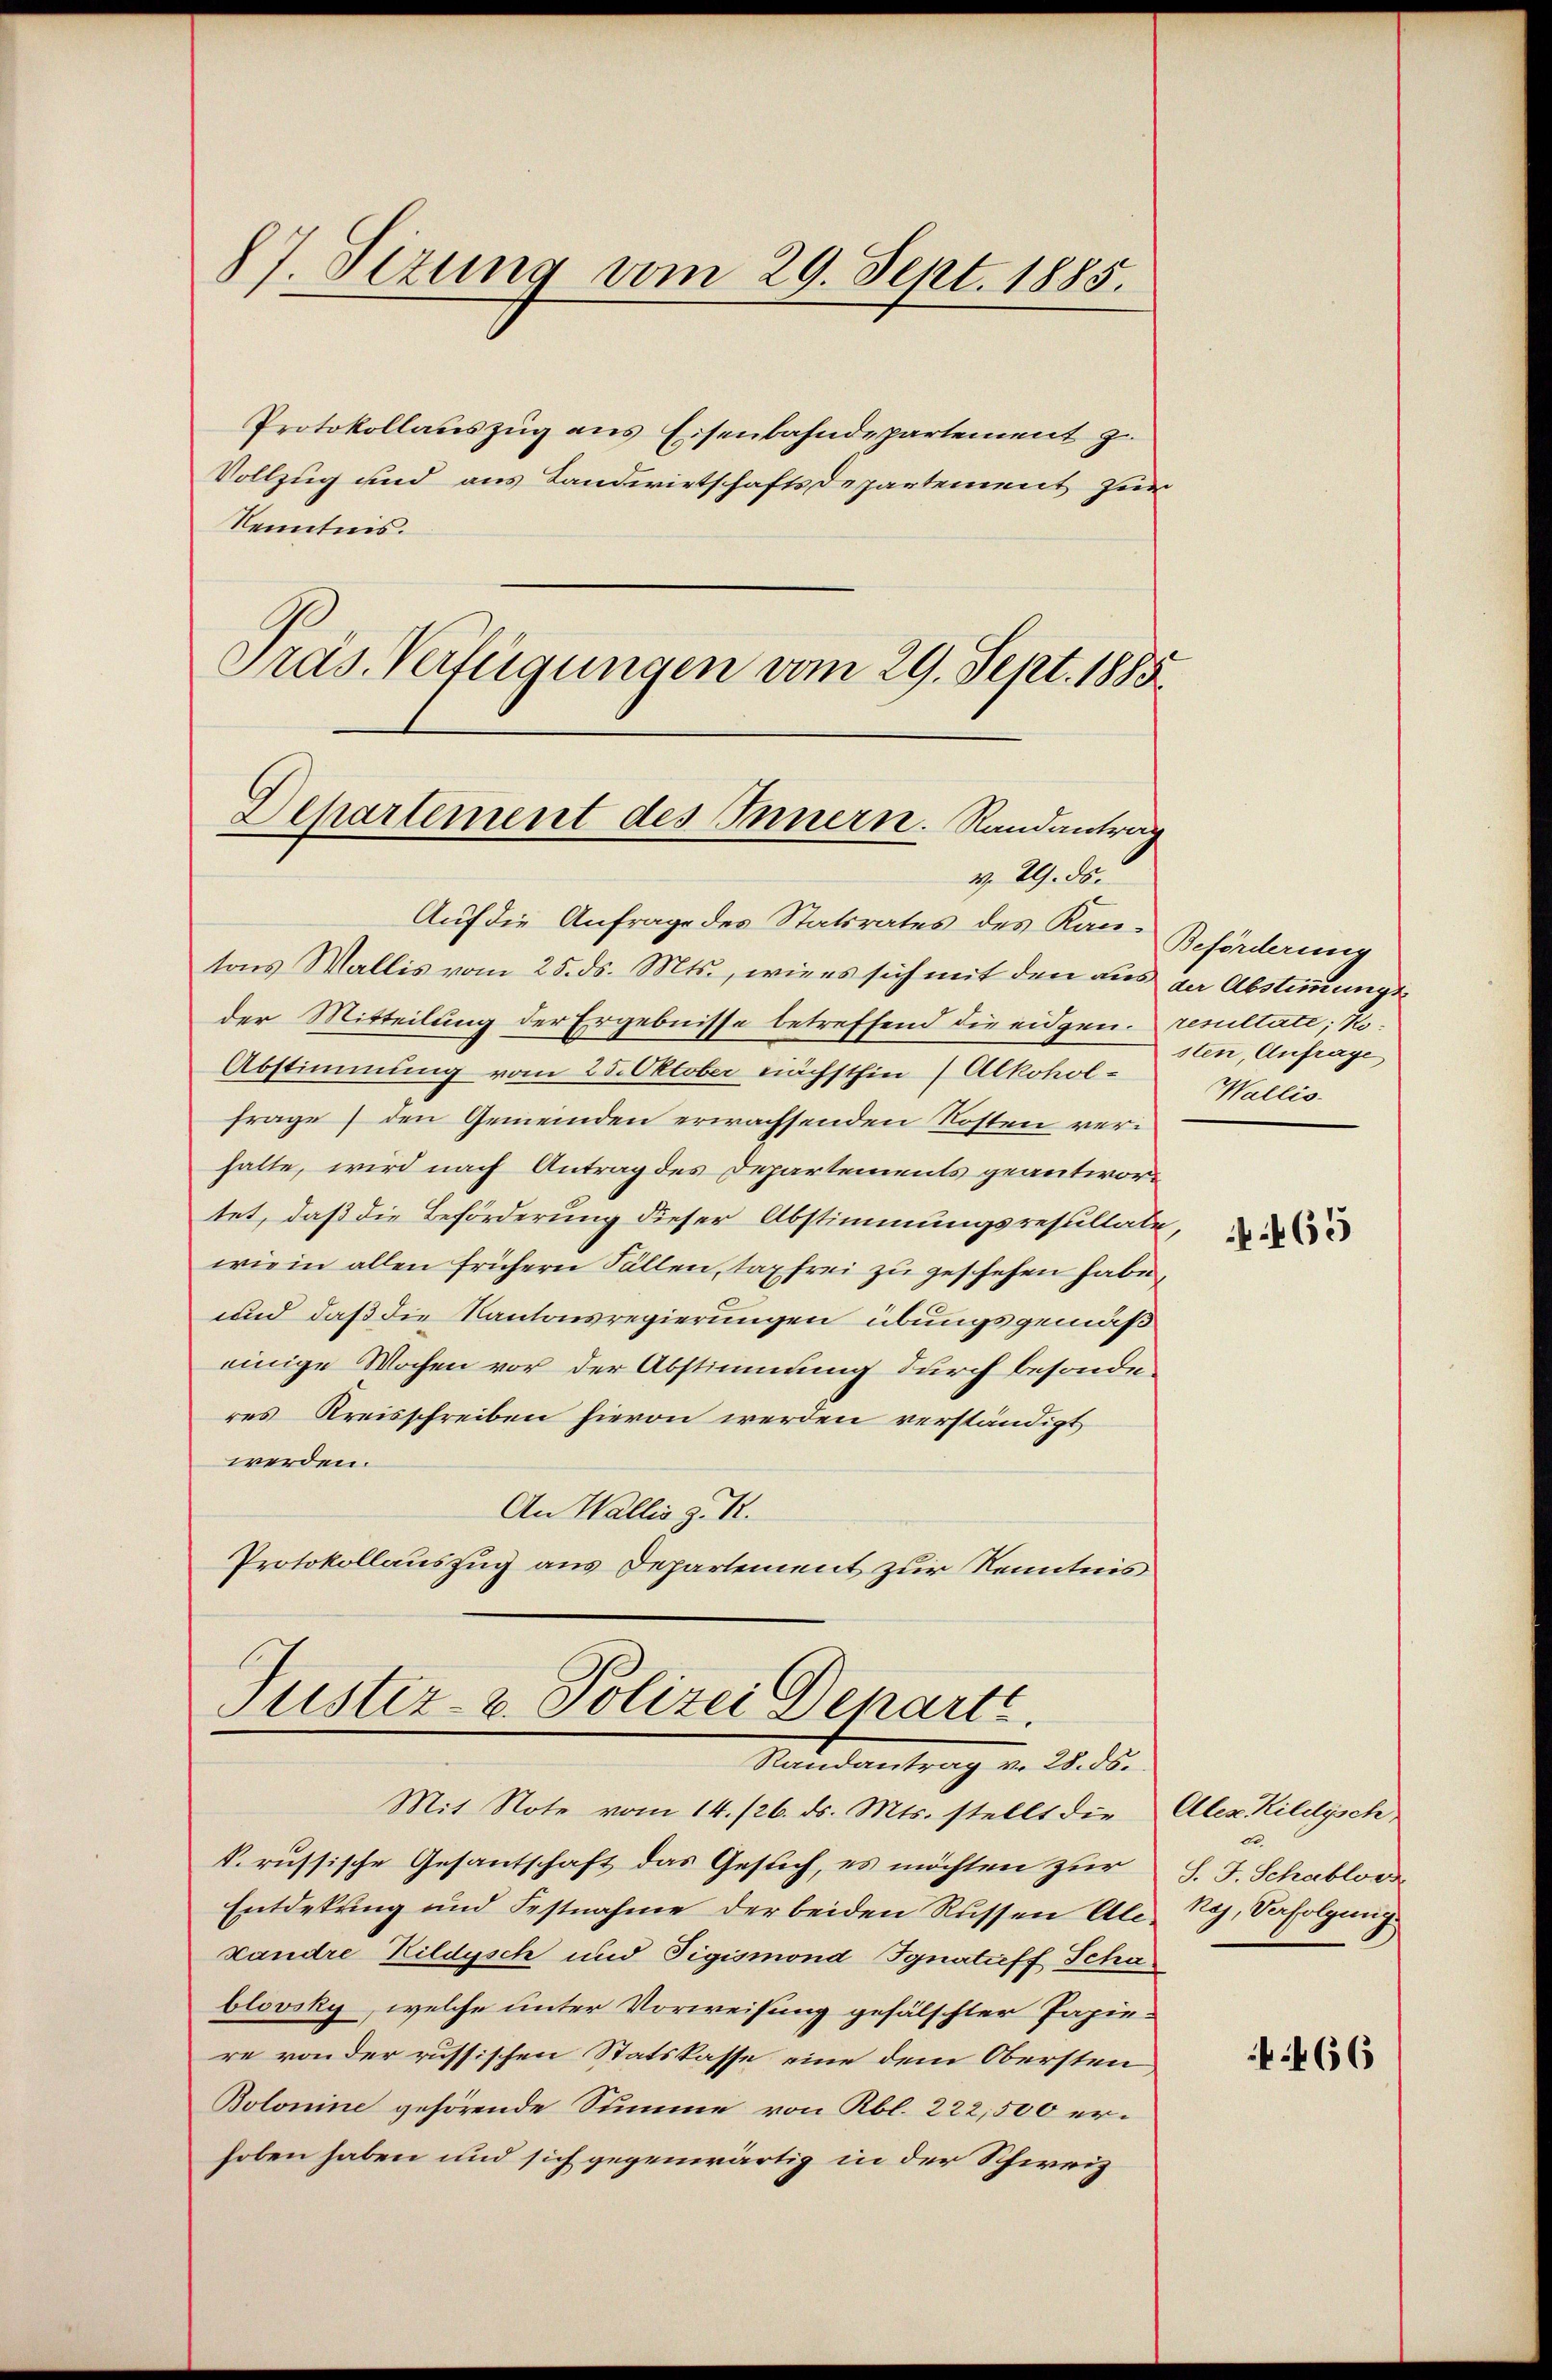
87. Sizung vom 29. Sept. 1885.

Präs. Verfügungen vom 29. Sept. 1883
Departement des Innern. Randantrag
v. 29. ds.

Protokollauszug aus Eisenbahndepartement z.
Vollzug und aus Landwirtschaftsdepartement für
Kenntnis.
Auf die Anfrage des Statsrates des Kantons Wallis vom 25. ds. Mts., wie es sich mit den aus der Abstimmungsder Mitteilung der Ergebnisse betreffend die eidgen.
Abstimmung vom 25. Oktober nächsthin (Alkoholfrage den Gemeinden erwachsenden Kosten verhalte, wird nach Antrag des Departements geantwortet, daß die Beförderung dieser Abstimmungsresultate,
wie in allen frühern Fällen, taxfrei zu geschehen habe,
und daß die Kantonsregierungen übungsgemäß
einige Wochen vor der Abstimmung durch besonden
res Kreisschreiben hievon werden verständigt
werden.
An Wallis z. R.
Protokollauszug aus Departement zur Kenntnis

Justiz- u. Polizei Departe.
Randantrag v. 28. ds.

Mit Note vom 14. /26. ds. Mts. stellt die
S. russische Gesantschaft das Gesuch, es möchten zur J. J. Schabloos
Entdekung und Festnahme der beiden Russen Ale-
xandre Kildysch und Tigismond Ignatieff Scha
blovsky, welche unter Vorweisung gefälschter Papiere von der russischen Statskasse eine dem Obersten,
Bolonine gehörende Summe von Rbl. 222,500 erhoben haben und sich gegenwärtig in der Schweiz

Beförderung
resultate; Ko
sten, Anfrage
Wallis.

465

Alex Kildysch
de
kes, Verfolgung

466